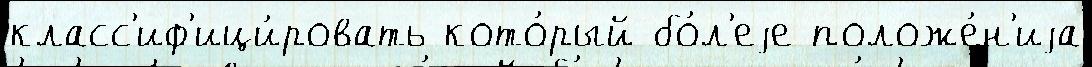
класс'иф'ици́ровать кото́рый бо́л'еjе положе́н'иjа